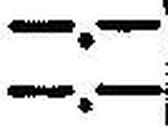
—.—